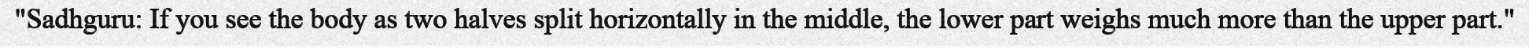
"Sadhguru: If you see the body as two halves split horizontally in the middle, the lower part weighs much more than the upper part."